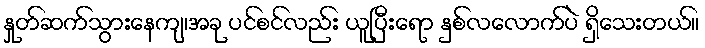
နှုတ်ဆက်သွားနေကျ၊အခု ပင်စင်လည်း ယူပြီးရော နှစ်လလောက်ပဲ ရှိသေးတယ်။